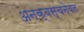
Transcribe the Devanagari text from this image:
अनक्वस्चनेबल